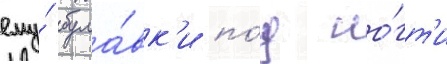
ему́ була́вк'и по́д но́гт'и